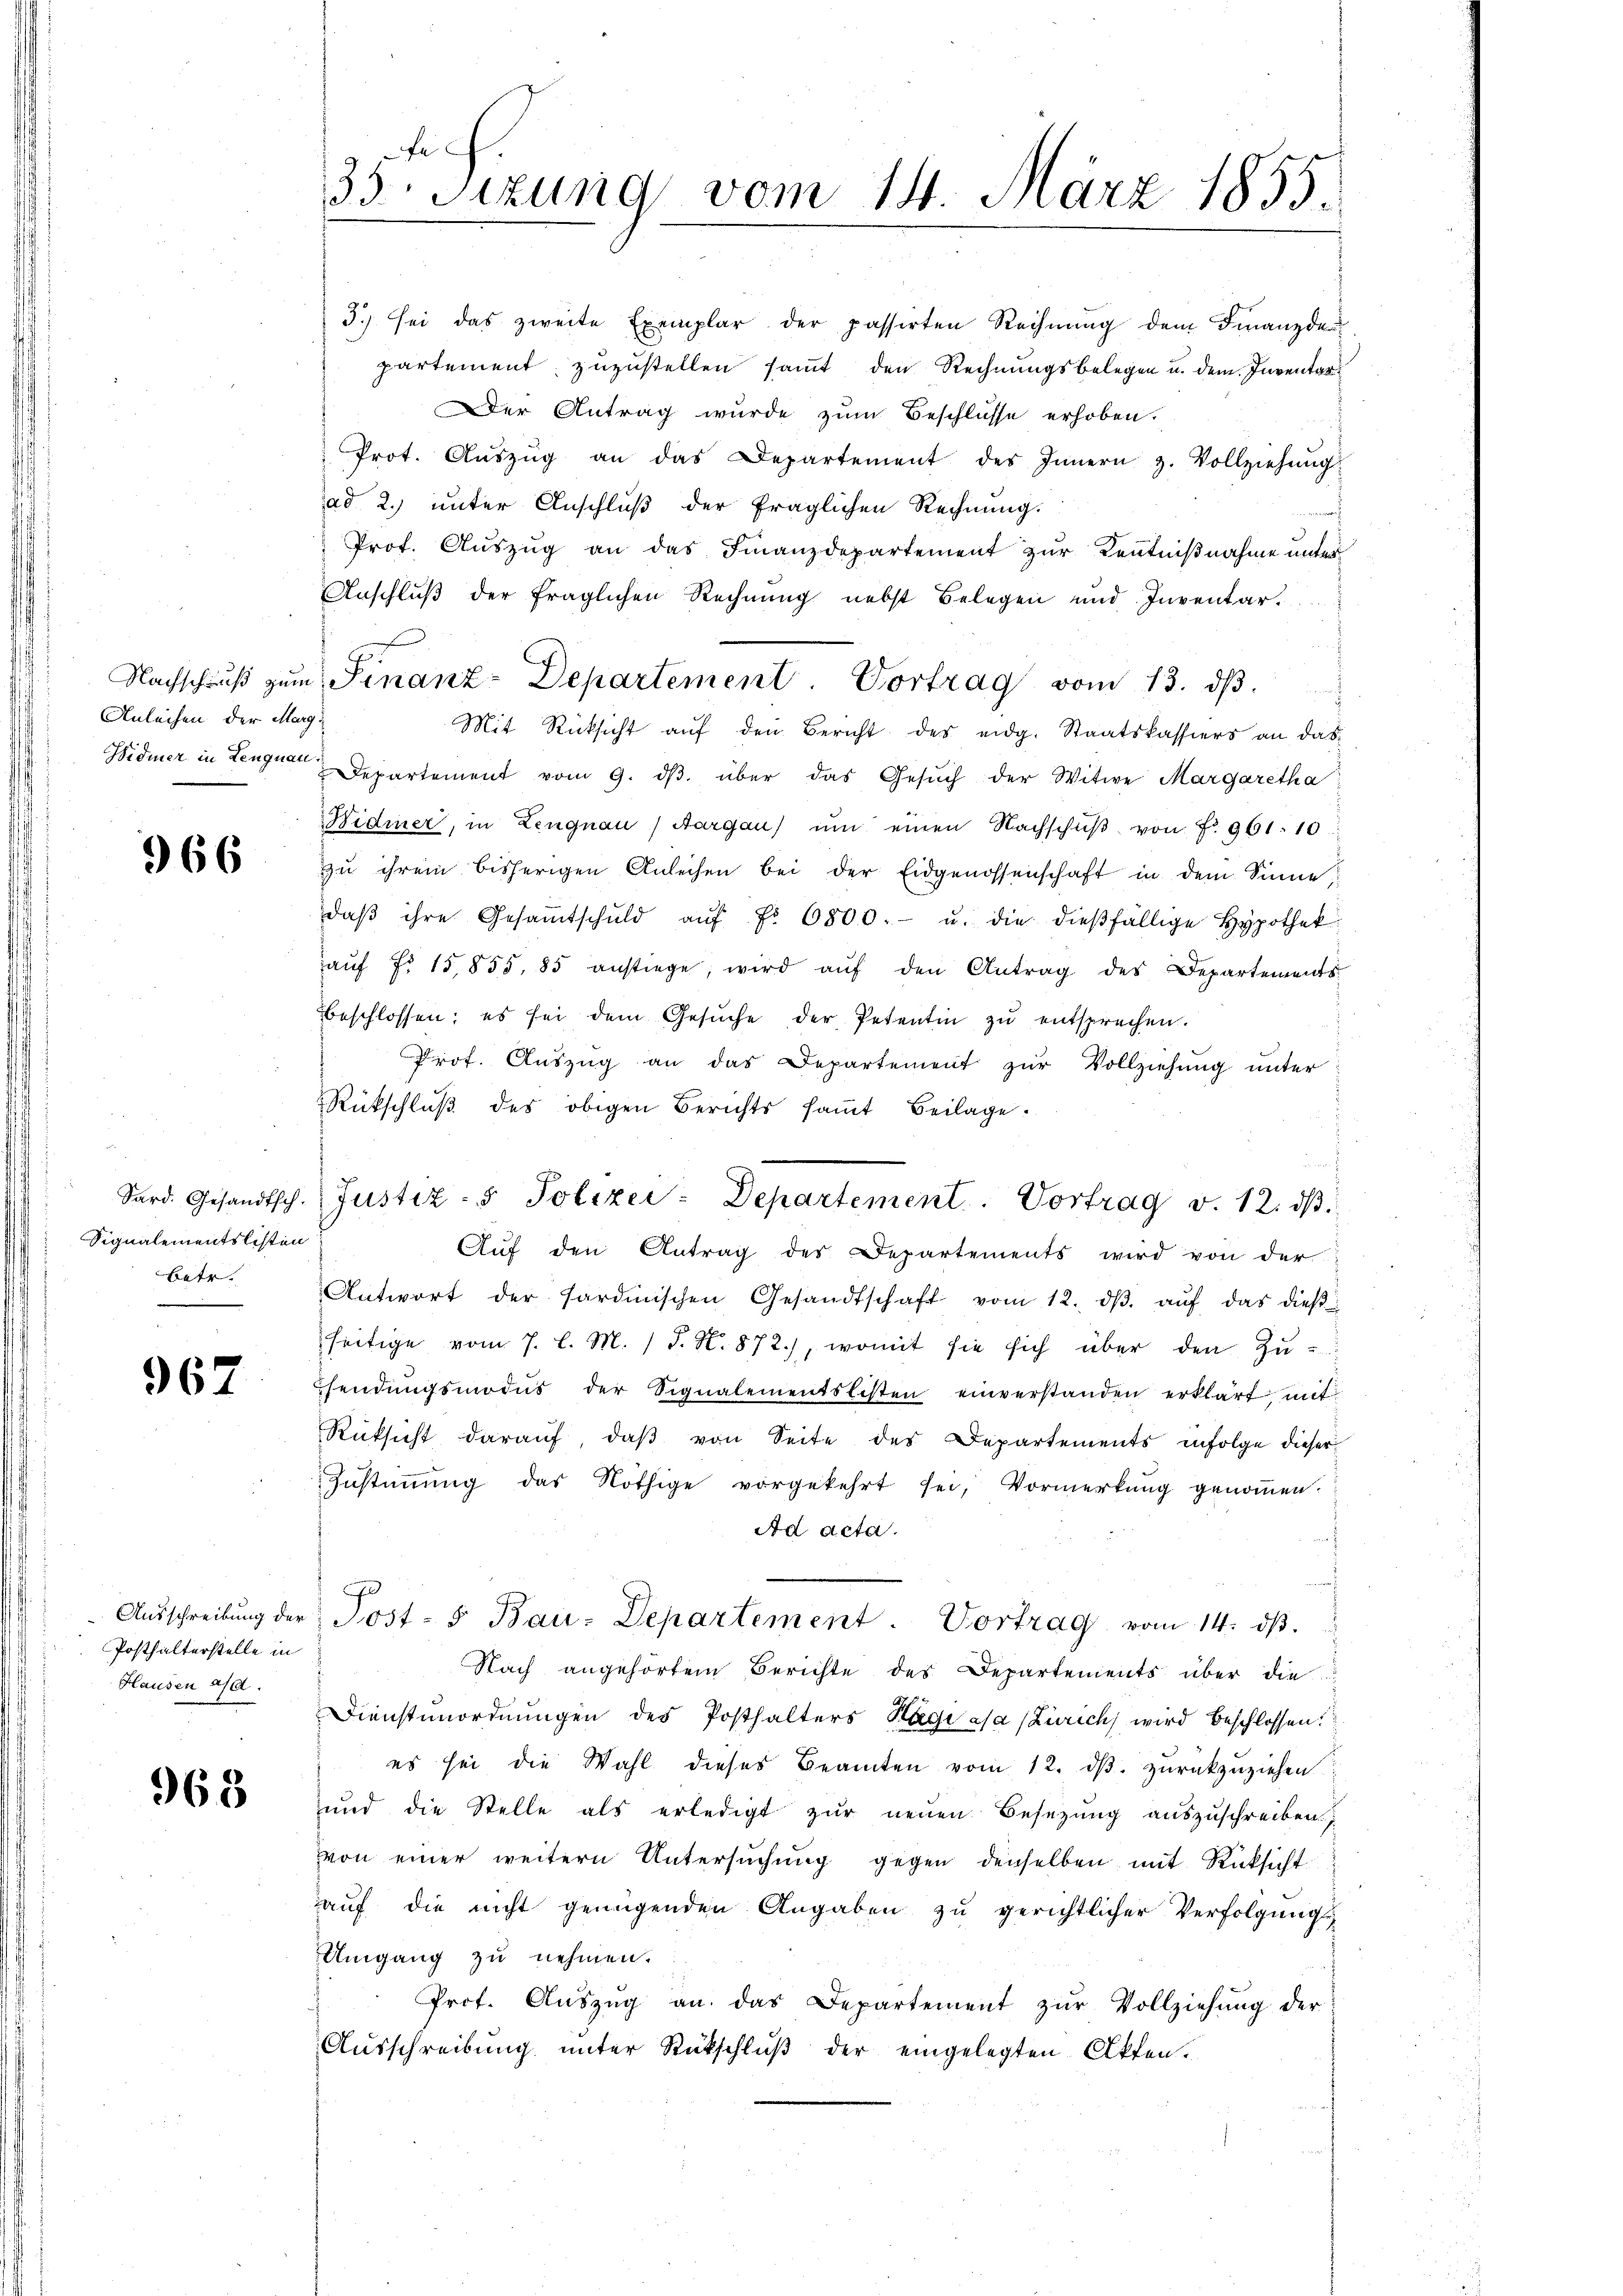
Anleihen der Marg

966

Signalementslisten
betr.

967

Posthalterstelle in
Hausen a/d.

963

35. Sizung vom 14. März 1855.

3.) sei das zweite Exemplar der passirten Rechnung dem Finanzde
partement zuzustellen sammt den Rechnungsbelegen u. dem Inventar¬
Der Antrag wurde zum Beschlüsse erhoben.
Prot. Aŭszŭg an das Departement des Innern z. Vollziehŭng
ad 2.) unter Anschluß der fraglichen Rechnung.
Prof. Aŭszŭg an das Finanzdepartement zur Kenntnißnahme unter
Anschluß der fraglichen Rechnung nebst Belegen und Inventar.
Nachschuß zum Sinanz-Departement. Vortrag vom 13. ds.
Mit Rücksicht aŭf den Bericht des eidg. Staatskassiers an das
Widmer in Lengn Departement vom 9. dβ. über das Gesŭch der Witwe Margaretha
Widmer, in Lengnau (Aargau) ŭm einen Nachschŭβ von fr. 961. 10
zu ihrem bisherigen Anleihen bei der Eidgenossenschaft in dem Sinne
daβ ihre Gesamtschuld aŭf Fr. 6800.- u. die dießfällige Hypothek
aŭf fr. 15,855, 85 anstiege, wird aŭf den Antrag des Departements
beschlossen; es sei dem Gesŭche der Petentin zŭ entsprechen.
Prof. Aŭszŭg an das Departement zŭr Vollziehung unter
Rückschluß des obigen Berichts sammt Beilage.
Aŭf den Antrag des Departements wird von der
Antwort der Sardinischen Gesandtschaft vom 12. dβ aŭf das dieβ
seitige vom 7. l. M. 1 S. N. 872.), womit sie sich über den Zŭ-
sendungsmodus der Signalementslisten einverstanden erklärt mit
Rücksicht daraŭf, daβ von Seite des Departements infolge dieser
Zŭstiṁŭng das Nöthige vorgekehrt sei, Vormerkŭng genoṁen.
Ad acta.
J
Aŭsschreibŭng der Post- u Bau-Departement. Vortrag vom 14. dβ.
Nach angehörtem Berichte des Departements über die
Dienstunordnungen des Posthalters Hagi asa (Zürich wird beschlossen:
es sei die Wahl dieses Beamten vom 12. dβ zŭrückzuziehen:
ŭnd die Stelle als erledigt zŭr neŭen Besetzŭng aŭszŭschreiben.
von einer weitern Untersuchung gegen denselben mit Rücksicht
auf die nicht genügenden Angaben zu gerichtlicher Verfolgung
Umgang zu nehmen.
Prof. Aŭszŭg an das Departement zŭr Vollziehung der
Ausschreibung unter Rückschluß der eingelegten Akten.

Sard. Gesandtsch. Justiz- & Polizei-Departement. Vortrag v. 12. dβ